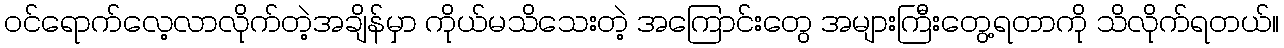
ဝင်ရောက်လေ့လာလိုက်တဲ့အချိန်မှာ ကိုယ်မသိသေးတဲ့ အကြောင်းတွေ အများကြီးတွေ့ရတာကို သိလိုက်ရတယ်။